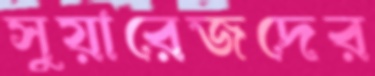
সুয়ারেজদের